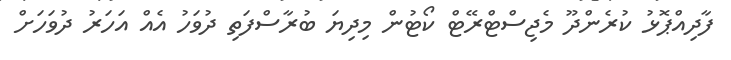
ފާދިއްޕޮޅު ކުރެންދޫ މެޖިސްޓްރޭޓް ކޯޓުން މިދިޔަ ބުރާސްފަތި ދުވަހު އެއް އަހަރު ދުވަހަށް